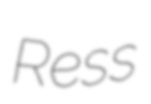
Ress